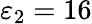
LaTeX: \varepsilon_{2}=16